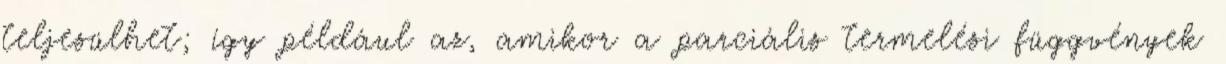
teljesülhet; így például az, amikor a parciális termelési függvények